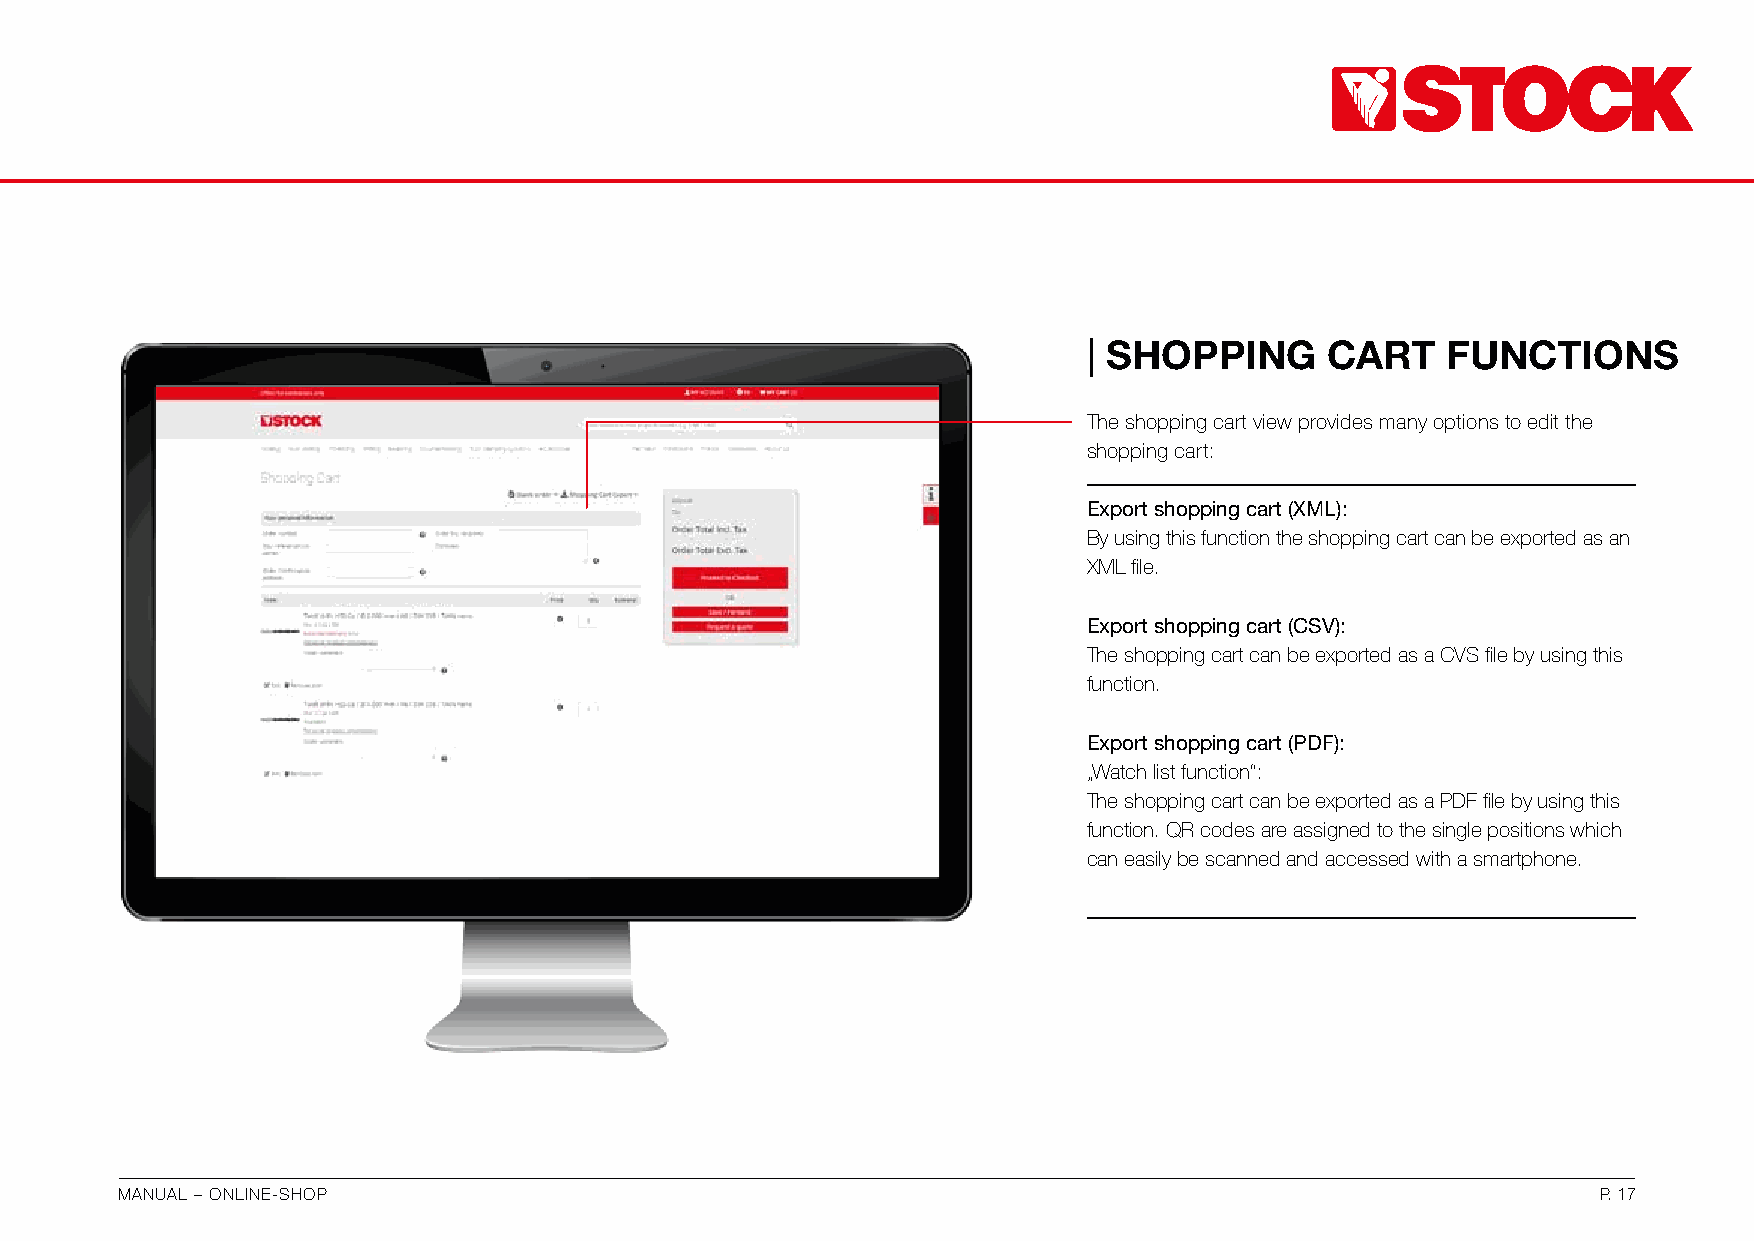
| SHOPPING      CART    FUNCTIONS
 The shopping cart view provides many options to edit the
 shopping cart:
 Export shopping cart (XML):
 By using this function the shopping cart can be exported as an
 XML file.
 Export shopping cart (CSV):
 The shopping cart can be exported as a CVS file by using this
 function.
 Export shopping cart (PDF):
 „Watch list function“:
 The shopping cart can be exported as a PDF file by using this
 function. QR codes are assigned to the single positions which
 can easily be scanned and accessed with a smartphone.
 MANUAL – ONLINE-SHOP                                                                              P. 17